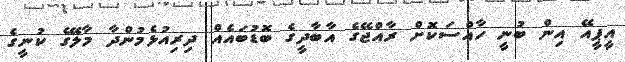
އީޕީއޭ އިން ބުނީ ހާއްސަކޮށް ރާއްޖޭގެ އާބާދީގެ ބޮޑުބައެއް ދިރިއުޅެމުންދާ މާލޭގެ ކުނީގެ